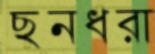
ছনধরা